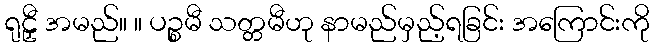
ရုဠှီ အမည်။ ။ ပဉ္စမီ သတ္တမီဟု နာမည်မှည့်ရခြင်း အကြောင်းကို